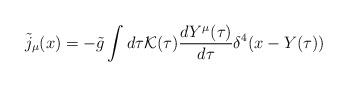
LaTeX: \begin{align*}{\tilde j}_\mu (x) = - {\tilde g} \int d\tau {\cal K}(\tau) \frac{dY^\mu(\tau)} {d\tau} \delta^4(x-Y(\tau))\end{align*}